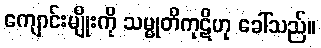
ကျောင်းမျိုးကို သမ္မုတိကုဋိဟု ခေါ်သည်။